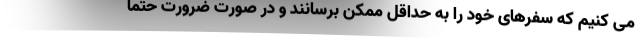
می کنیم که سفرهای خود را به حداقل ممکن برسانند و در صورت ضرورت حتما